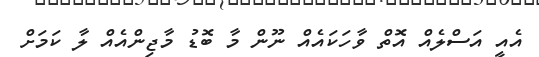
އެއީ އަސްލެއް އޮތް ވާހަކައެއް ނޫން މާ ބޮޑު މާޖިންއެއް ލާ ކަމަށް